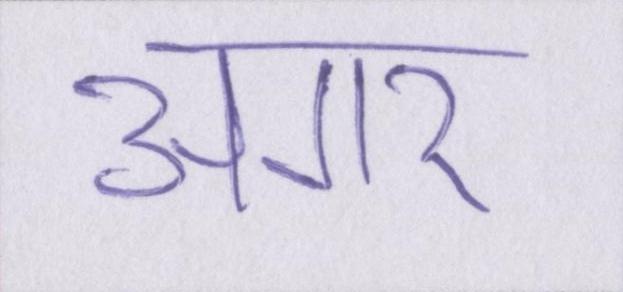
अगर